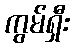
ကွမ်ရှီး